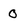
Character: 0